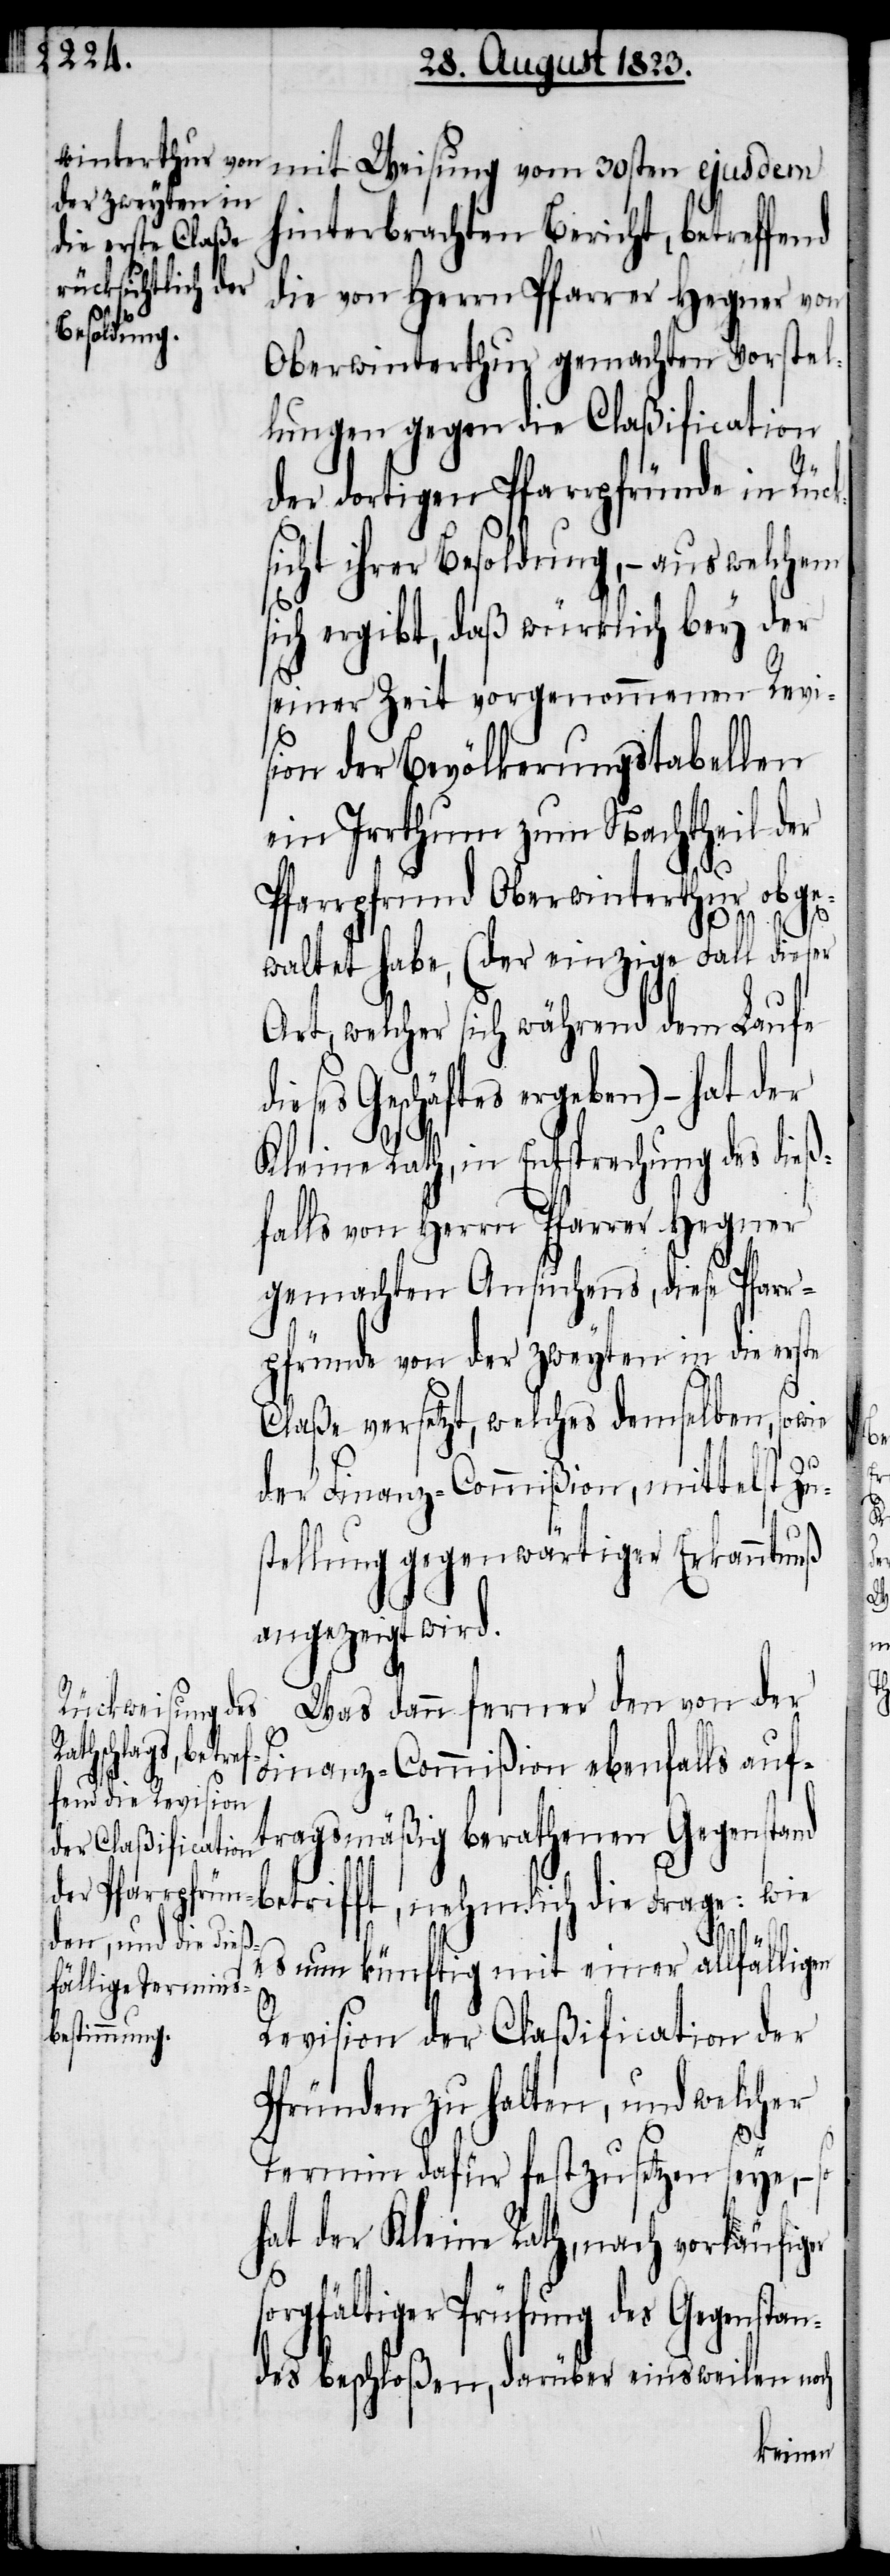
21sten

mit Weisung vom 30sten ejusdem
hinterbrachten Bericht, betreffend
die von Herrn Pfarrer Hegner von
Oberwinterthur gemachten Vorstel¬
lungen gegen die Claßification
der dortigen Pfarrpfründe in Rück¬
sicht ihrer Besoldung, − aus welchem
sich ergibt, daß würklich bey der
seiner Zeit vorgenommenen Revi¬
sion der Bevölkerungstabellen
ein Irrthum zum Nachtheil der
Pfarrpfrund Oberwinterthur obge¬
waltet habe, (der einzige Fall dieser
Art, welcher sich während dem Laufe
dieses Geschäftes ergeben) – hat der
Auf den
Kleine Rath, in Entsprechung des dieß¬
falls von Herrn Pfarrer Hegner
gemachten Ansuchens, diese Pfarr¬
pfründe von der zweyten in die erste
Claße versetzt, welches demselben, sowie
der Finanz-Commißion, mittelst Zu¬
stellung gegenwärtiger Erkanntnuß
angezeigt wird.
Was dann ferner den von der
Finanz-Commißion ebenfalls auf¬
tragsmäßig berathenen Gegenstand
betrifft, nehmlich die Frage: wie
es nun künftig mit einer allfälligen
Revision der Claßification der
Pfründen zu halten, und welcher
er
so¬
Termin dafür festzusetzen seye,
hat der Kleine Rath, nach vorläufig¬
rgfältiger Prüfung des Gegensta¬
ndes beschloßen, darüber einsweilen noch